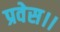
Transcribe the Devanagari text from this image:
प्रवेस।।